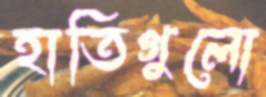
হাতিগুলো